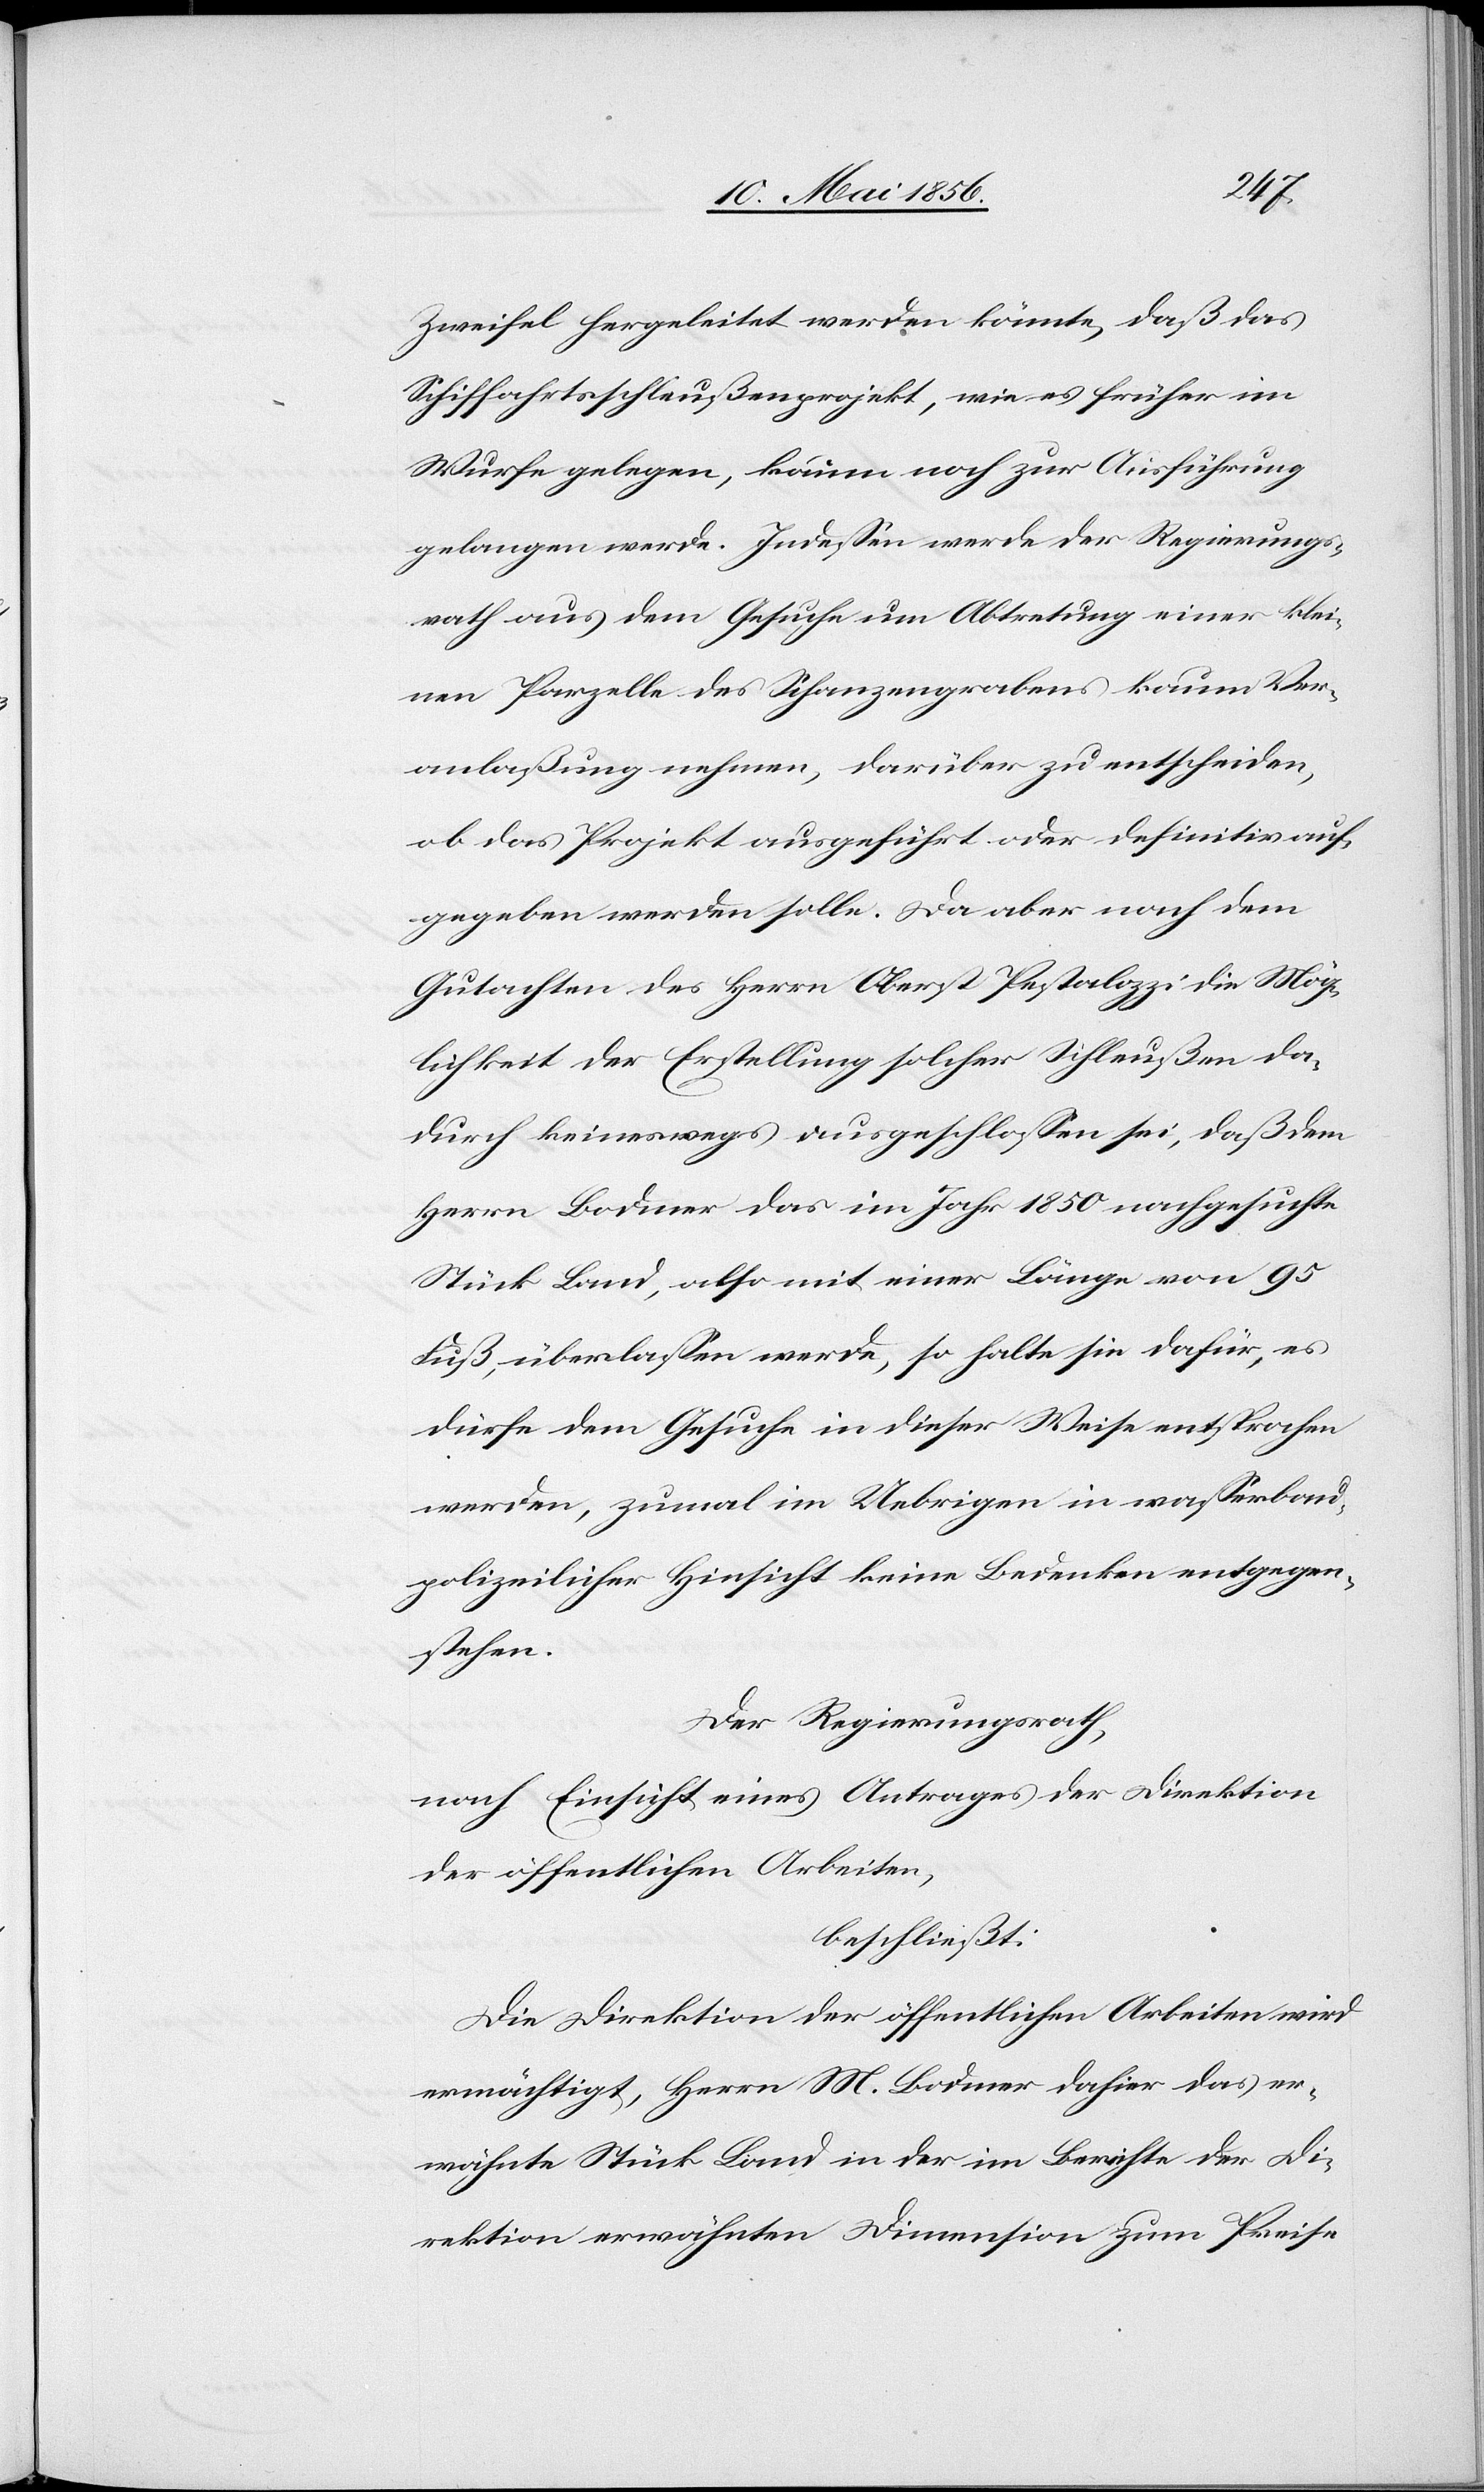
Zweifel hergeleitet werden könnte, daß das
Schiffahrtsschleußenprojekt, wie es früher im
Wurfe gelegen, kaum noch zur Ausführung
gelangen werde. Indessen werde der Regierungs¬
rath aus dem Gesuche um Abtretung einer klei¬
nen Parzelle des Schanzengrabens kaum Ver¬
anlaßung nehmen, darüber zu entscheiden,
ob das Projekt ausgeführt oder definitiv auf¬
gegeben werden solle. Da aber nach dem
Gutachten des Herrn Oberst Pestalozzi die Mög¬
lichkeit der Erstellung solcher Schleußen da¬
durch keineswegs ausgeschlossen sei, daß dem
Herrn Bodmer das im Jahr 1850 nachgesuchte
Stück Land, also mit einer Länge von 95
Fuß, überlassen werde, so halte sie dafür, es
dürfe dem Gesuche in dieser Weise entsprochen
werden, zumal im Uebrigen in wasserbau¬
polizeilicher Hinsicht keine Bedenken entgegen¬
stehen.
Der Regierungsrath,
nach Einsicht eines Antrages der Direktion
der öffentlichen Arbeiten,
beschließt:
Die Direktion der öffentlichen Arbeiten wird
ermächtigt, Herrn M. Bodmer dahier das er¬
wähnte Stück Land in der im Berichte der Di¬
rektion erwähnten Dimension zum Preise